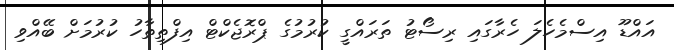
އައްޑޫ އިސްމެހެލަ ހެރާގައި ރިސޯޓު ތަރައްގީ ކުރުމުގެ ޕްރޮޖެކްޓް އިފްތިތާހު ކުރުމަށް ބޭއްވި